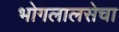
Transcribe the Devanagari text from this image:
भोगलालसेचा